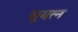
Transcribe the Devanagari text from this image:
सुयत्न